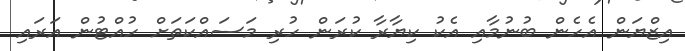
އިޒްޔަން އެހެން ބުނުމާއި އެކު ކިޔާރާ ކުރަން ހުރި މަސައްކަތަށް ހުއްޓުން އަރައި